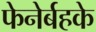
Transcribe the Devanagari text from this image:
फेनेर्बहके